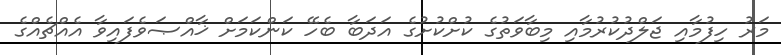
މަރު ހިފުމާއި ޖަލްދުކުރުމާއި މިބާވަތުގެ ކުށްކުށުގެ އަދަބާ ބެހޭ ކަންކަމަށް ޚާއްޞަވެފައިވާ އެއްޗެއްގެ